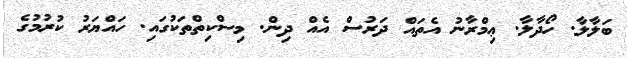
ބަލާލާ. ހޯދާލާ. ޢިމްރާނު އެތައް ދަރުސް އެއް ދިން. މިސްކިތްތަކުގައި. ހައްޔަރު ކުރުމުގެ